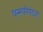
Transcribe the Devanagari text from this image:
धम्मपरिषदेला